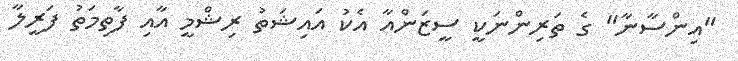
"އިންސާނާ" ގެ ތަރިންނަކީ ސީޒަންއާ އެކު އައިޝަތު ރިޝްމީ އާއި ފާތިމަތު ފަރީލާ